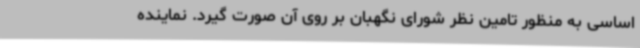
اساسی به منظور تامین نظر شورای نگهبان بر روی آن صورت گیرد. نماینده